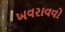
ખવરાવવો